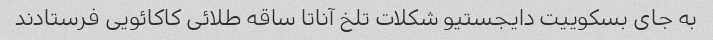
به جای بسکوییت دایجستیو شکلات تلخ آناتا ساقه طلائی کاکائویی فرستادند